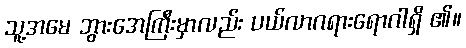
သူ့အမေ ဘွားအေကြီးမှာလည်း ပယ်လာဂရားရောဂါရှိ ၏။